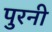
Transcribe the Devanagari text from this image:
पुरनी